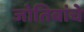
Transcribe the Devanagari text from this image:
जोतिबांचे